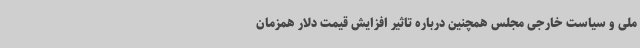
ملی و سیاست خارجی مجلس همچنین درباره تاثیر افزایش قیمت دلار همزمان